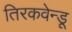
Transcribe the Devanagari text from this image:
तिरकवेन्डू